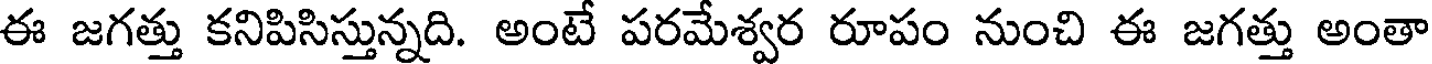
ఈ జగత్తు కనిపిసిస్తున్నది. అంటే పరమేశ్వర రూపం నుంచి ఈ జగత్తు అంతా